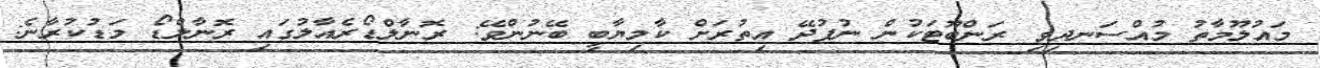
މައުލޫމާތު މުއްސަނދިވި ރަންބޫޓަކުން ނުފުދޭ އިތުރަށް ކާމިޔާބީ ބޭނުންވޭ: ރޮނާލްޑޯރެއާލުގައި ރޮނާލްޑޯ މަޑުކުރާނެ: